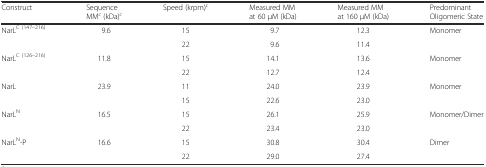
| Construct | Sequence MMc (kDa)c | Speed (krpm)c | Measured MM at 60 μM (kDa) | Measured MM at 160 μM (kDa) | Predominant Oligomeric State |
 | --- | --- | --- | --- | --- | --- |
 | NarLC (147–216) | 9.6 | 15 | 9.7 | 12.3 | Monomer |
 |  |  | 22 | 9.6 | 11.4 |  |
 | NarLC (126–216) | 11.8 | 15 | 14.1 | 13.6 | Monomer |
 |  |  | 22 | 12.7 | 12.4 |  |
 | NarL | 23.9 | 11 | 24.0 | 23.9 | Monomer |
 |  |  | 15 | 22.6 | 23.0 |  |
 | NarLN | 16.5 | 15 | 26.1 | 25.9 | Monomer/Dimer |
 |  |  | 22 | 23.4 | 23.0 |  |
 | NarLN-P | 16.6 | 15 | 30.8 | 30.4 | Dimer |
 |  |  | 22 | 29.0 | 27.4 |  |